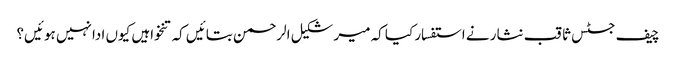
چیف جسٹس ثاقب نثار نے استفسار کیا کہ میر شکیل الرحمن بتائیں کہ تنخواہیں کیوں ادا نہیں ہوئیں؟